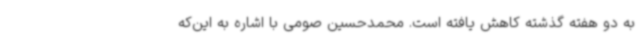
به دو هفته گذشته کاهش یافته است. محمدحسین صومی با اشاره به این‌که